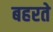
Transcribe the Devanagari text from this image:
बहरते